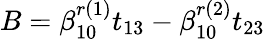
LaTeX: B=\beta_{10}^{r(1)}t_{13}-\beta_{10}^{r(2)}t_{23}